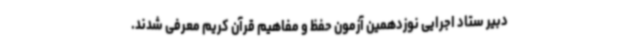
دبیر ستاد اجرایی نوزدهمین آزمون حفظ و مفاهیم قرآن کریم معرفی شدند.